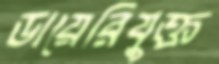
ডায়েরিযুক্ত